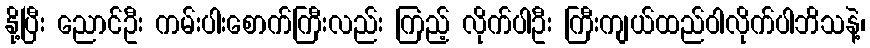
နို့ပြီး ညောင်ဦး ကမ်းပါးစောက်ကြီးလည်း ကြည့် လိုက်ပါဦး ကြီးကျယ်ထည်ဝါလိုက်ပါဘိသနဲ့၊